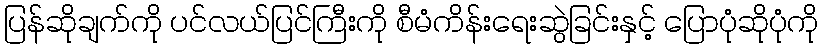
ပြန်ဆိုချက်ကို ပင်လယ်ပြင်ကြီးကို စီမံကိန်းရေးဆွဲခြင်းနှင့် ပြောပုံဆိုပုံကို